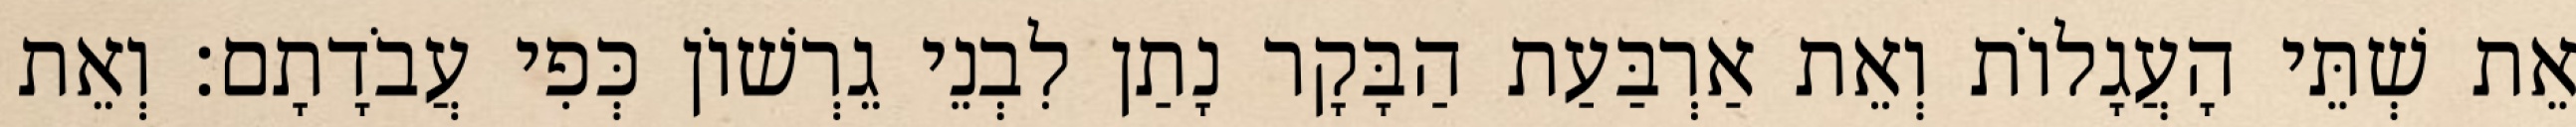
אֵת שְׁתֵּי הָעֲגָלוֹת וְאֵת אַרְבַּעַת הַבָּקָר נָתַן לִבְנֵי גֵרְשׁוֹן כְּפִי עֲבֹדָתָם׃ וְאֵת